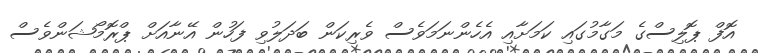
އޮފް ޕޮލިސްގެ މަގާމުގައި ކަމަށާއި އެހެންނަމަވެސް ވެރިކަން ބަދަލުވި ފަހުން އޭނާއަށް ޕްރޮމޯޝަންވެސް